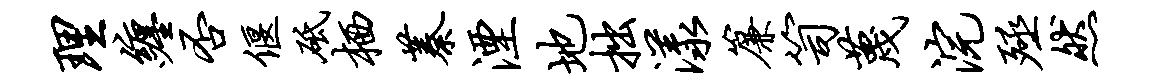
理缠否偃砥栖蓁湮地拙漾帘笥蔑浣殛然